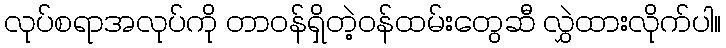
လုပ်စရာအလုပ်ကို တာဝန်ရှိတဲ့ဝန်ထမ်းတွေဆီ လွှဲထားလိုက်ပါ။